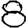
Digit: 8